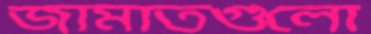
জামাতগুলো